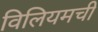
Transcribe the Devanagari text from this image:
विलियमची